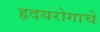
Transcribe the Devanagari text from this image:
हृदयरोगाचे